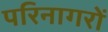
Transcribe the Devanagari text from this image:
परिनागरों